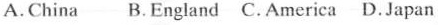
A.China B.England C.America D.Japan